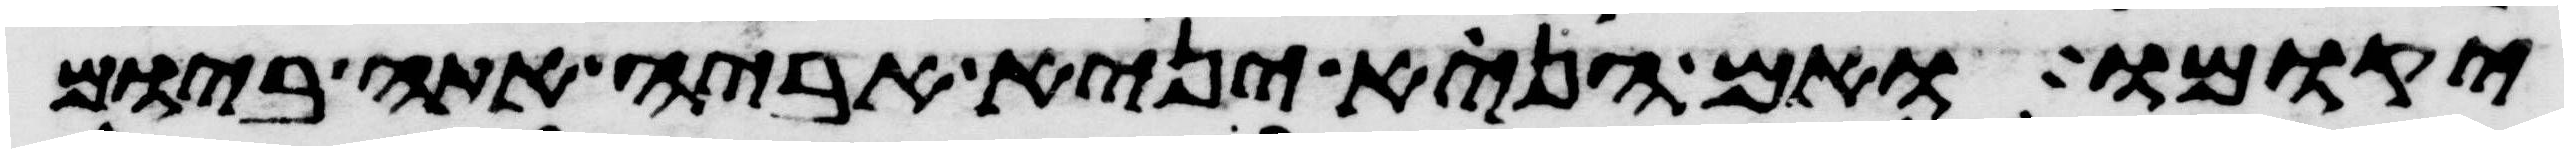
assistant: יקומו ואם הנא יניא אביה אתה ביום